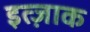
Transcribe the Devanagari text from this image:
इत्ज़ाक